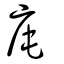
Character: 庉